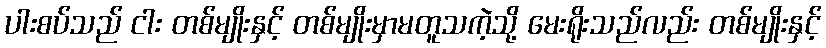
ပါးစပ်သည် ငါး တစ်မျိုးနှင့် တစ်မျိုးမှာမတူသကဲ့သို့ မေးရိုးသည်လည်း တစ်မျိုးနှင့်